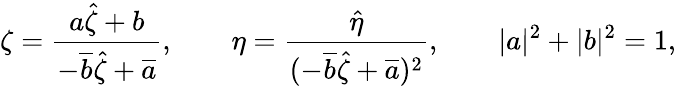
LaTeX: \zeta=\frac{a\hat{\zeta}+b}{-\overline{{{b}}}\hat{\zeta}+\overline{{{a}}}},\qquad\eta=\frac{\hat{\eta}}{(-\overline{{{b}}}\hat{\zeta}+\overline{{{a}}})^{2}},\qquad|a|^{2}+|b|^{2}=1,